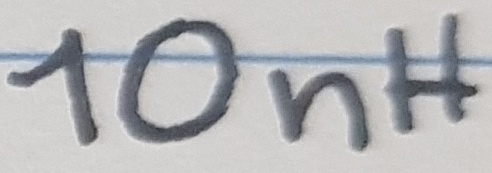
Text: 100nH